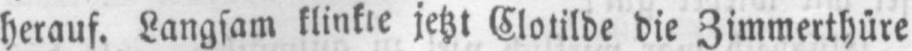
jetzt Clotilde die Zimmerthüre